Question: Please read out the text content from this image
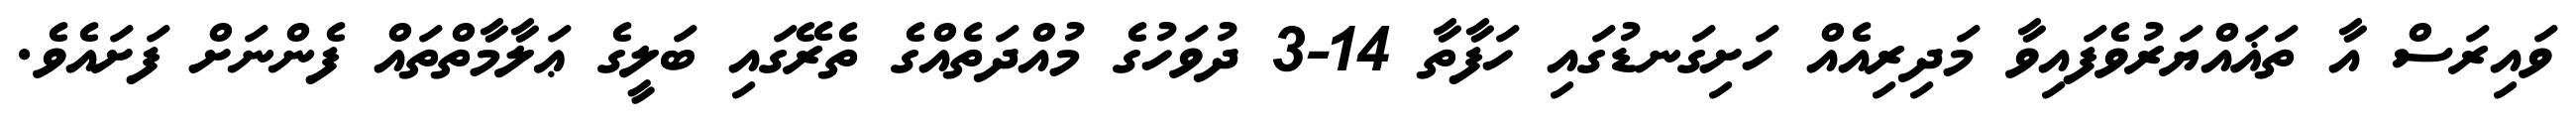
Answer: ވައިރަސް އާ ތަޣައްޔަރުވެފައިވާ މަދިރިއެއް ހަށިގަނޑުގައި ހަފާތާ 14-3 ދުވަހުގެ މުއްދަތެއްގެ ތެރޭގައި ބަލީގެ ޢަލާމާތްތައް ފެންނަށް ފަށައެވެ.